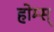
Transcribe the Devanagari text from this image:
होम्स्